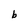
Character: b